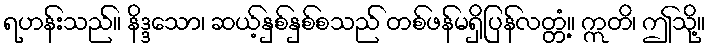
ရဟန်းသည်။ နိဒ္ဒသော၊ ဆယ့်နှစ်နှစ်စသည် တစ်ဖန်မရှိပြန်လတ္တံ့။ ဣတိ၊ ဤသို့။